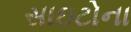
સાઇટોના